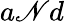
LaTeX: a\mathscr{N}d